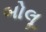
બોલૂ